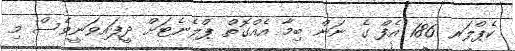
ކެޕްލަރ 186 އެފް ގެ ނަން ބިމާ އެއްގޮތް ޕްލެނެޓަށް ދީފައިވަނީވެސް މި